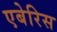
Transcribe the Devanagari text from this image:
एबेरिस